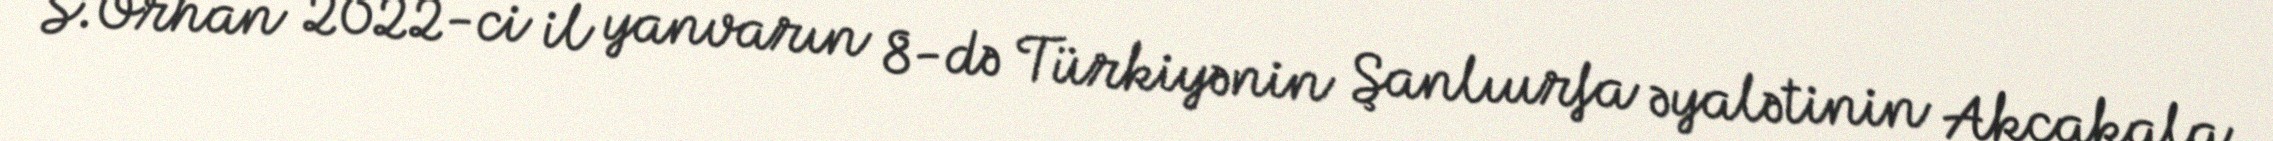
S.Orhan 2022-ci il yanvarın 8-də Türkiyənin Şanlıurfa əyalətinin Akçakala